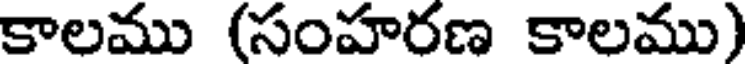
కాలము (సంహరణ కాలము)